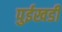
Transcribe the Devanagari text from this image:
पुईखडी